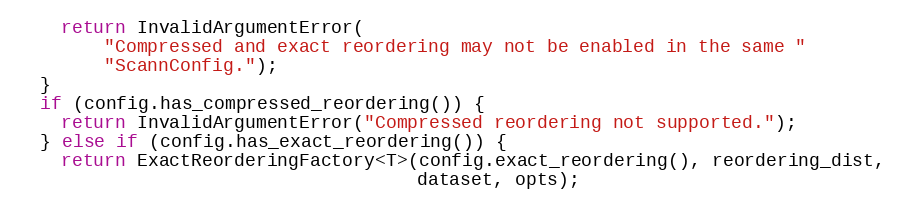
Language: C++
    return InvalidArgumentError(
        "Compressed and exact reordering may not be enabled in the same "
        "ScannConfig.");
  }
  if (config.has_compressed_reordering()) {
    return InvalidArgumentError("Compressed reordering not supported.");
  } else if (config.has_exact_reordering()) {
    return ExactReorderingFactory<T>(config.exact_reordering(), reordering_dist,
                                     dataset, opts);